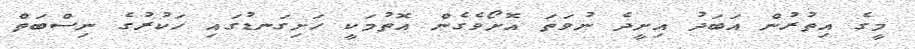
މީގެ އިތުރުން އަބަދު އިށީދެ ނުވަތަ އޮށޯވެގެން އޮތުމަކީ ހަށިގަނޑުގައި ހަކުރުގެ ނިސްބަތް